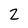
Character: 2